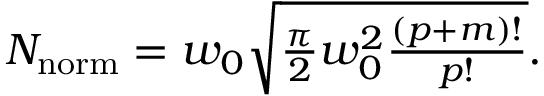
\begin{array} { r } { N _ { \mathrm { n o r m } } = w _ { 0 } \sqrt { \frac { \pi } { 2 } w _ { 0 } ^ { 2 } \frac { ( p + m ) ! } { p ! } } . } \end{array}